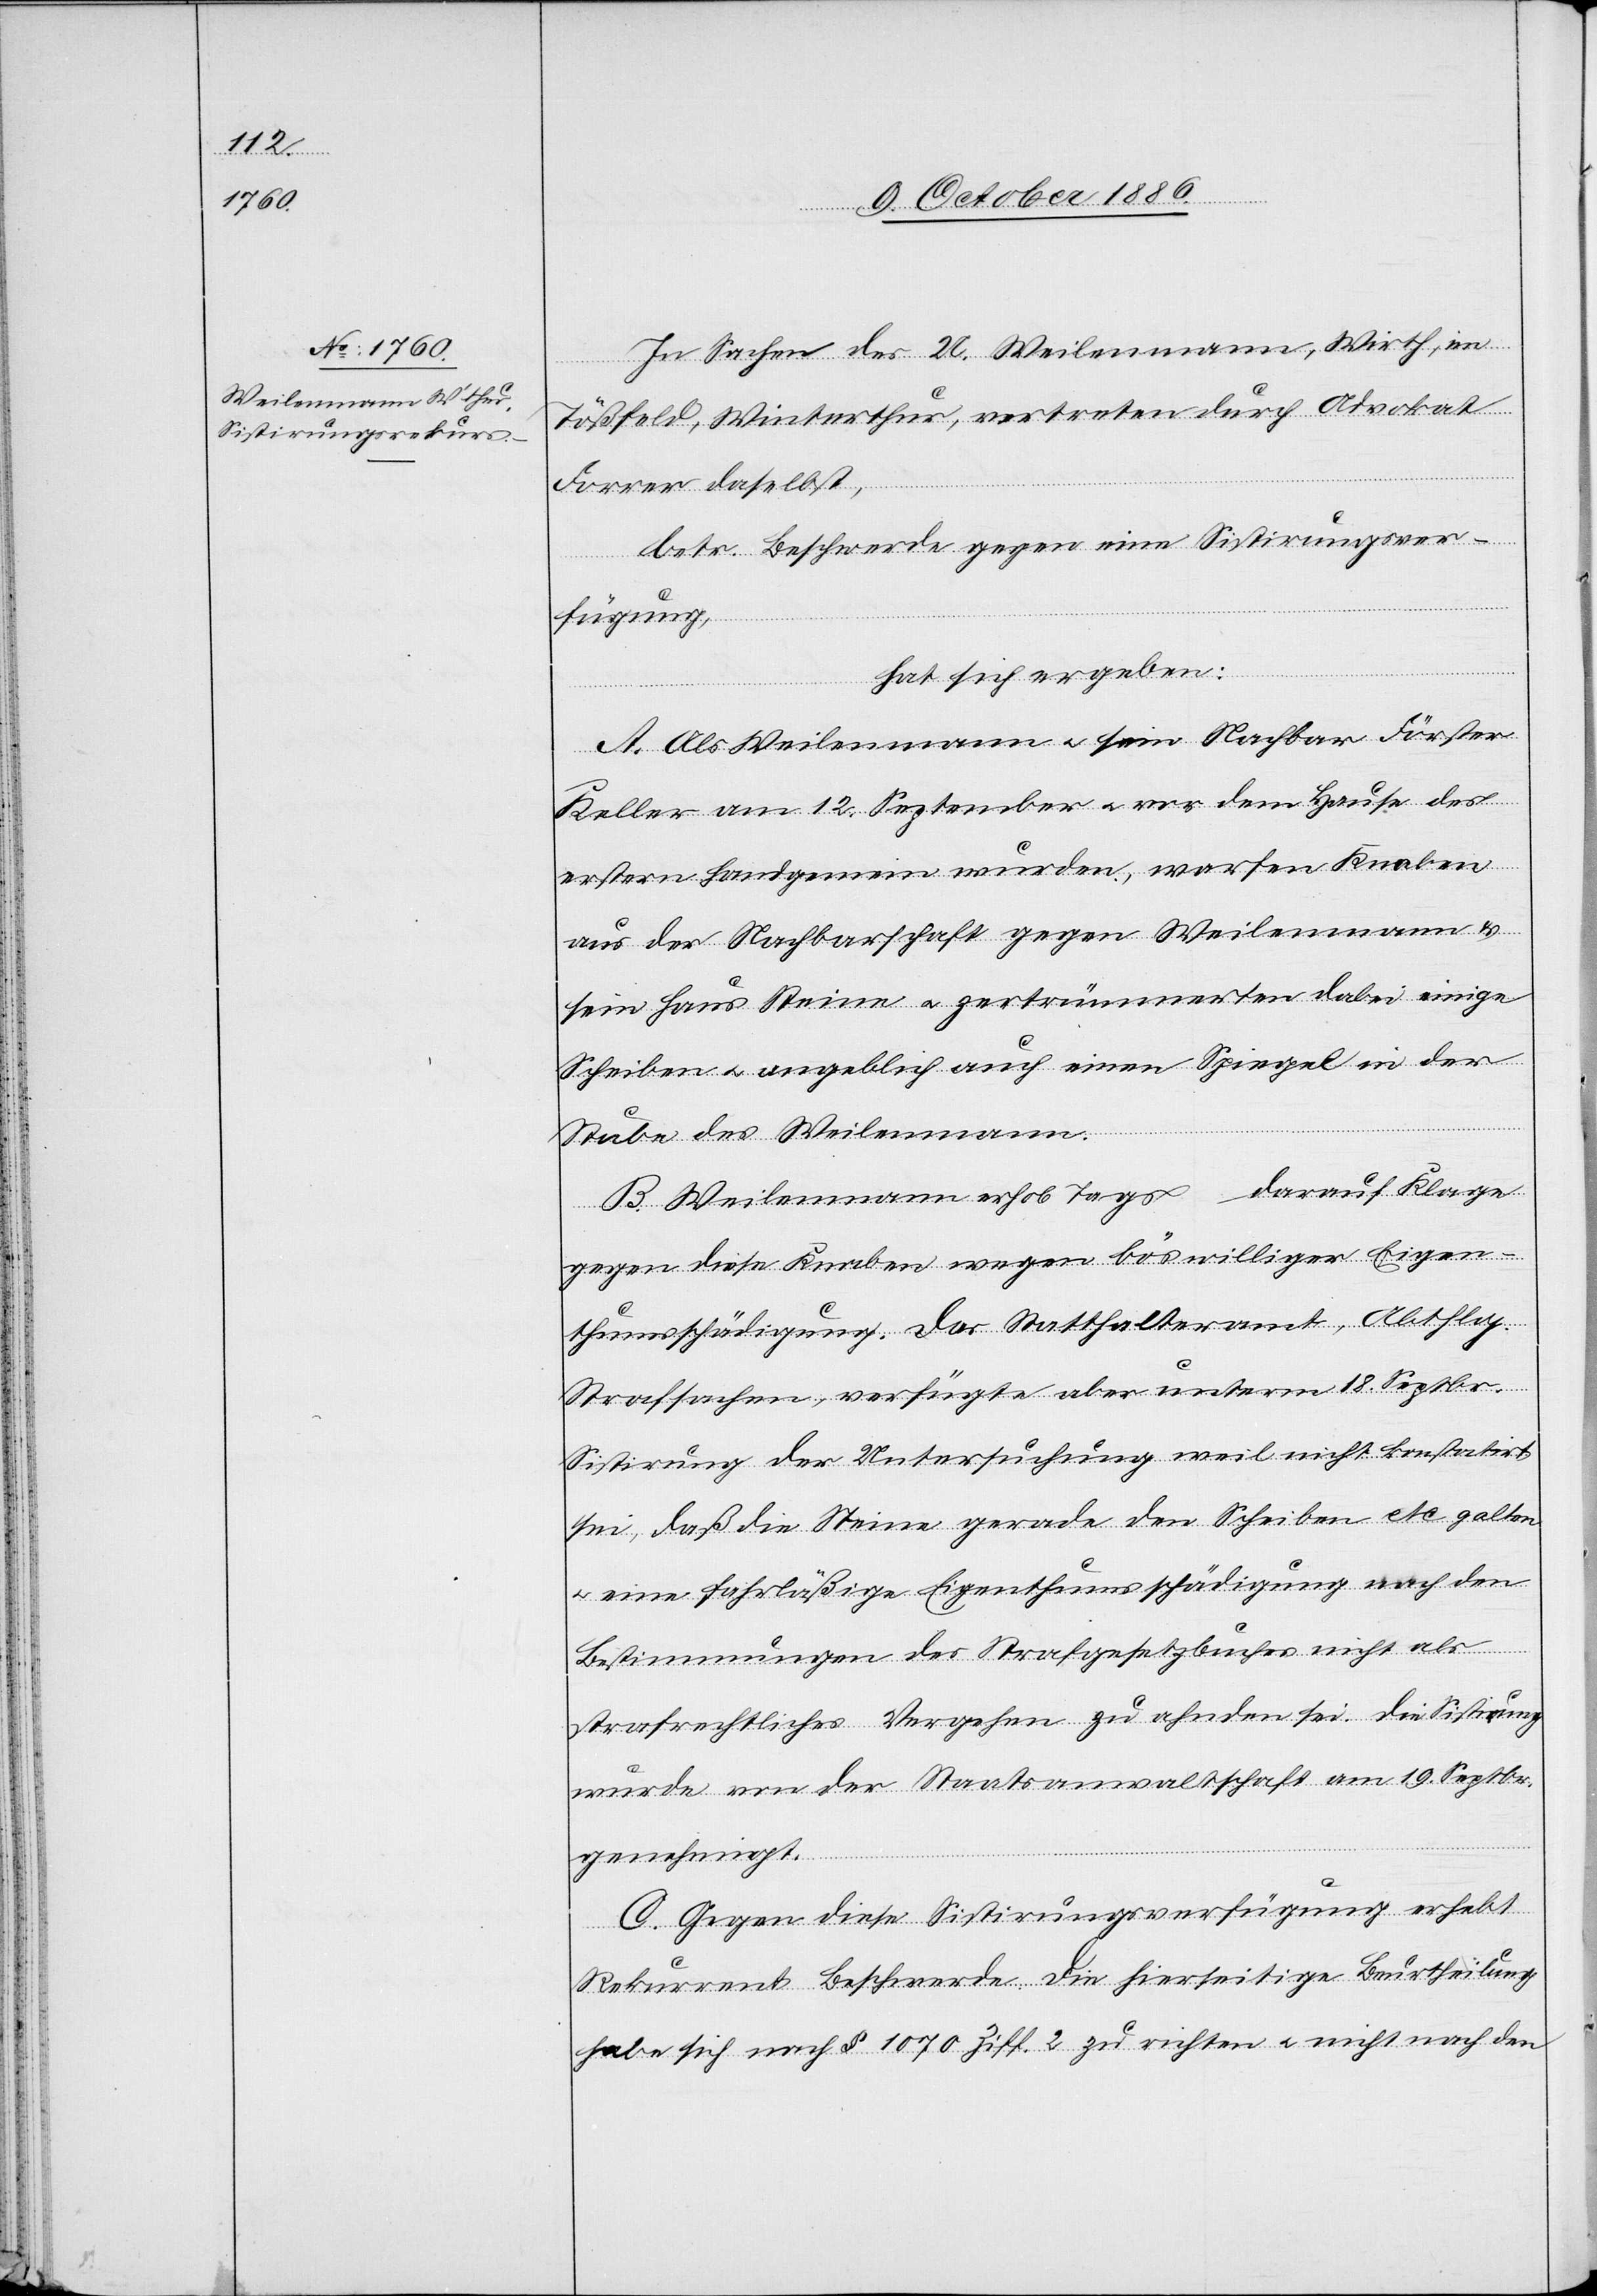
In Sachen des U. Weilenmann, Wirth, im
Tößthal, Winterthur, vertreten durch Advokat
Forrer daselbst,
betr. Beschwerde gegen eine Sistirungsver¬
fügung,
hat sich ergeben:
A. Als Weilenmann & sein Nachbar Förster
Keller am 12. September & vor dem Hause des
erstern handgemein wurden, warfen Knaben
aus der Nachbarschaft gegen Weilenmann &
sein Haus Steine & zertrümmerten dabei einige
Scheiben & angeblich auch einen Spiegel in der
Stube des Weilenmann.
B. Weilenmann erhob tags darauf Klage
gegen diese Knaben wegen böswilliger Eigen¬
thumsschädigung. Das Statthalteramt, Abthlg.
Strafsachen, verfügte aber unterm 18. Septbr.
Sistirung der Untersuchung weil nicht konstatirt
sei, daß die Steine gerade den Scheiben etc. galten
& eine fahrläßige Eigenthumsschädigung nach den
Bestimmungen des Strafgesetzbuches nicht als
strafrechtliches Vergehen zu ahnden sei. Die Sistirung
wurde von der Staatsanwaltschaft am 19. Septbr.
genehmigt.
C. Gegen diese Sistirungsverfügung erhebt
Rekurrent Beschwerde. Die hierseitige Beurtheilung
habe sich nach § 1070 Ziff. 2 zu richten & nicht nach den